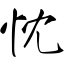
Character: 忱